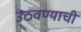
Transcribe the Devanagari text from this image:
उठवण्याची